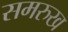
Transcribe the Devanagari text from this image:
समरुख